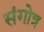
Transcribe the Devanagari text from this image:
संगोत्र